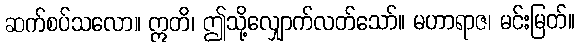
ဆက်စပ်သလော။ ဣတိ၊ ဤသို့လျှောက်လတ်သော်။ မဟာရာဇ၊ မင်းမြတ်။